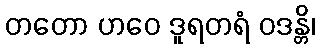
တတော ဟဝေ ဒူရတရံ ဝဒန္တိ၊